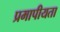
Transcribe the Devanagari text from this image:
प्रमापीयता